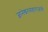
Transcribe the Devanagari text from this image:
ज्ञानेश्वरमहाराजांनी